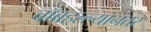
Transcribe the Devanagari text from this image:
बाँबहल्ल्यानंतर